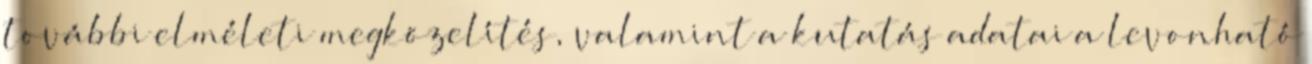
további elméleti megközelítés, valamint a kutatás adatai a levonható